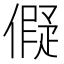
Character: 𬿬